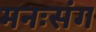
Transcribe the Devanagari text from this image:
मनःसंग